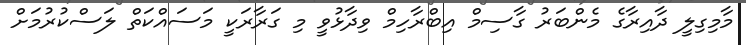
މާމިގިލީ ދާއިރާގެ މެންބަރު ގާސިމް އިބްރާހިމް ވިދާޅުވީ މި ގަރާރަކީ މަސައްކަތް ލަސްކުރުމަށް